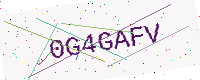
Text: 0G4GAFV